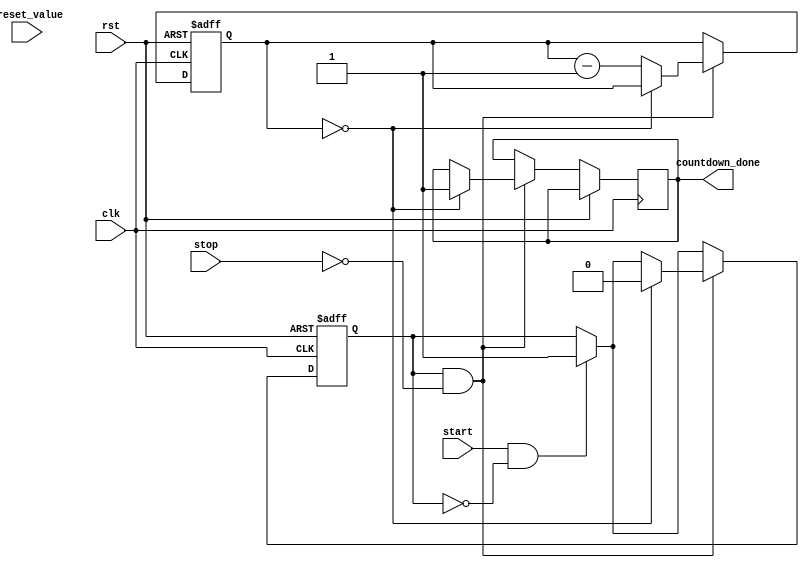
module countdown_timer (
    input wire clk,
    input wire rst,
    input wire start,
    input wire stop,
    input wire preset_value,
    output wire countdown_done
);

reg [31:0] timer_value;
reg [31:0] preset;
reg countdown_running;

initial begin
    timer_value = 0;
    preset = 0;
    countdown_running = 0;
end

always @(posedge clk or posedge rst) begin
    if (rst) begin
        timer_value <= 0;
        preset <= 0;
        countdown_running <= 0;
    end else begin
        if (start && !countdown_running) begin
            preset <= preset_value;
            countdown_running <= 1;
        end
        if (countdown_running && !stop) begin
            if (timer_value == 0) begin
                countdown_running <= 0;
                countdown_done <= 1;
            end else begin
                timer_value <= timer_value - 1;
            end
        end
    end
end

endmodule